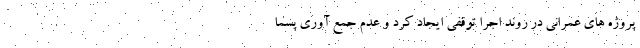
پروژه های عمرانی در روند اجرا توقفی ایجاد کرد و عدم جمع آوری پسما